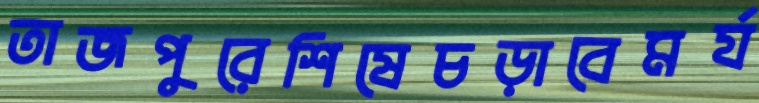
তাজপুরেশিষেচড়াবেমর্য